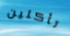
تأكلين